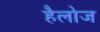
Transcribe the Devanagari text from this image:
हैलोज